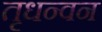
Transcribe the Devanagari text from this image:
तृधन्वन